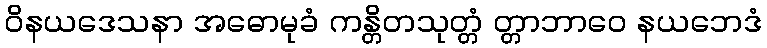
ဝိနယဒေသနာ အဓောမုခံ ကန္တိတသုတ္တံ တ္တာဘာဝေ နယဘေဒံ